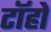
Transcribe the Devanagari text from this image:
टॉहो